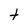
Character: t